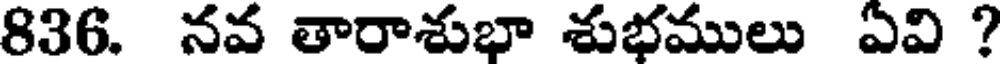
836. నవ తారాశుభా శుభములు ఏవి ?